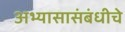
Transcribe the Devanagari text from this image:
अभ्यासासंबंधीचे